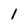
Character: 1